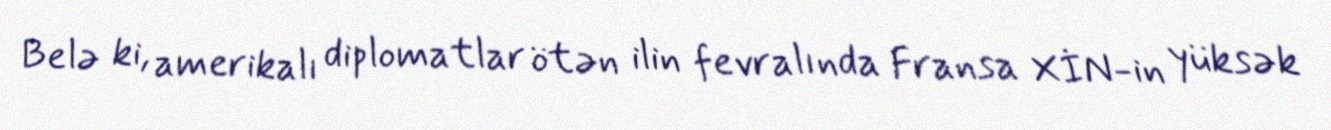
Belə ki, amerikalı diplomatlar ötən ilin fevralında Fransa XİN-in yüksək